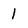
Character: 1